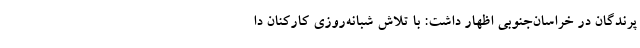
پرندگان در خراسان‌جنوبی اظهار داشت: با تلاش شبانه‌روزی کارکنان دا